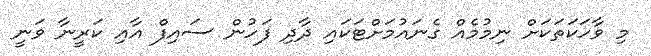
މި ވާހަކަތަކަށް ނިމުމެއް ގެނައުމަށްޓަކައި ދާދި ފަހުން ސައިފް އާއި ކަރީނާ ވަނީ